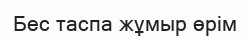
Бес таспа жұмыр өрім